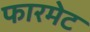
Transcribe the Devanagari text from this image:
फारमेट